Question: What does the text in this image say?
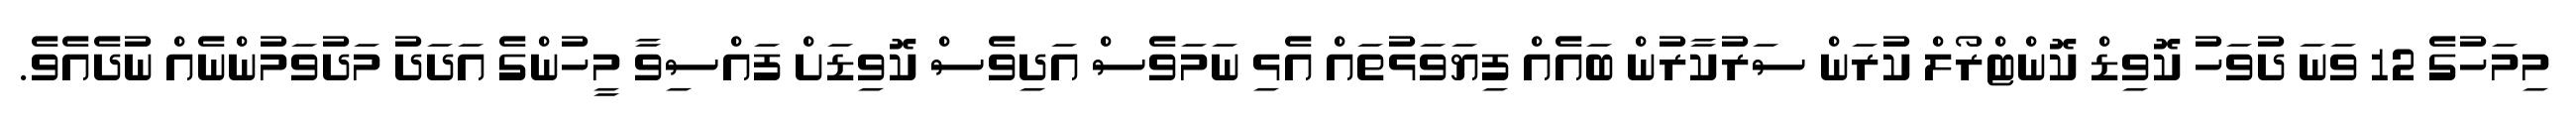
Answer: މިމަހުގެ 12 ވަނަ ދުވަހު ކޮވިޑް ކޮންޓްރޯލް ކުރަން ސަރުކާރުން ބައެއް ފިޔަވަޅުތައް އެޅި ނަމަވެސް އަދިވެސް ކޮވިޑަށް ފައްސިވާ މީހުންގެ އަދަދު މަދުވަމުންނެއް ނުދެއެވެ.